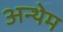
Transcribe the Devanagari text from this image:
अन्थेम